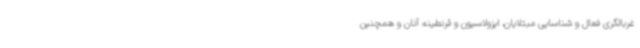
غربالگری فعال و شناسایی مبتلایان، ایزولاسیون و قرنطینه آنان و همچنین